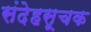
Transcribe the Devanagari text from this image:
संदेहसूचक